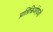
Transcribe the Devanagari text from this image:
प्रतिक्रियेऐवजी